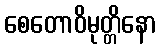
စေတောဝိမုတ္တိနော